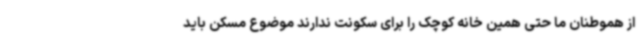
از هموطنان ما حتی همین خانه کوچک را برای سکونت ندارند موضوع مسکن باید